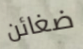
ضغائن